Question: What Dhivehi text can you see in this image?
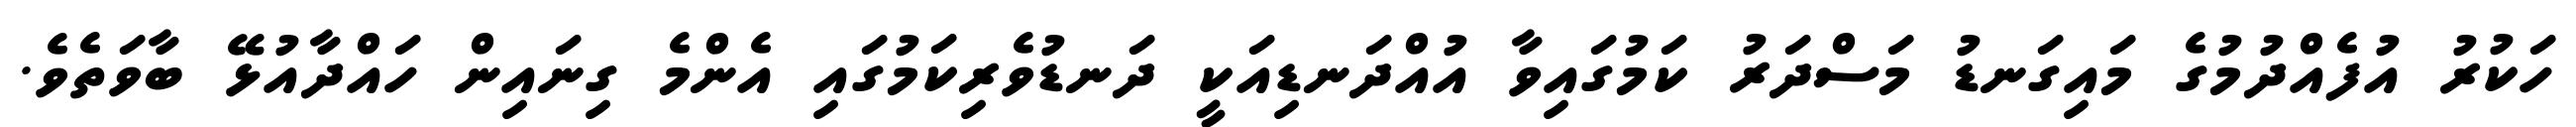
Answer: ހަކުރު އުފެއްދުމުގެ މައިގަނޑު މަސްދަރު ކަމުގައިވާ އުއްދަނޑިއަކީ ދަނޑުވެރިކަމުގައި އެންމެ ގިނައިން ހައްދާއުޅޭ ބާވަތެވެ.